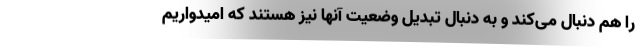
را هم دنبال می‌کند و به دنبال تبدیل وضعیت آنها نیز هستند که امیدواریم